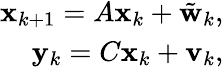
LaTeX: \begin{array}{r}{\mathbf{x}_{k+1}=A\mathbf{x}_{k}+\tilde{\mathbf{w}}_{k},}\\ {\mathbf{y}_{k}=C\mathbf{x}_{k}+\mathbf{v}_{k},}\end{array}